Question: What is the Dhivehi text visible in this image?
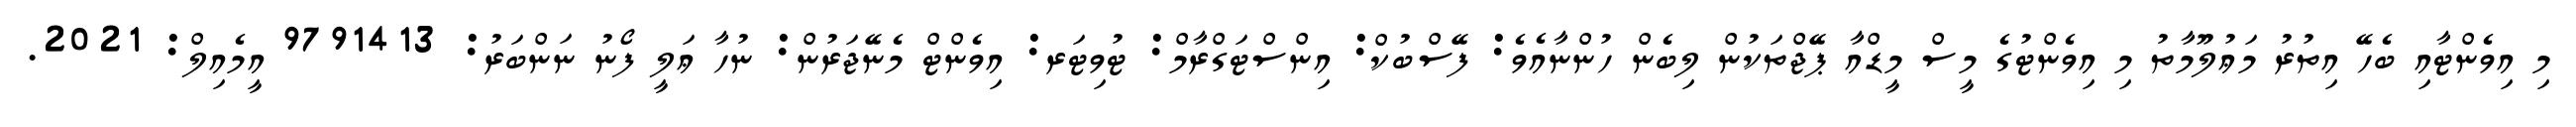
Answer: މި އިވެންޓާއި ބެހޭ އިތުރު މަޢުލޫމާތު މި އިވެންޓުގެ މީސް މީޑްއާ ޕޭޖްތަކުން ލިބެން ހުންނާއެވެ: ފޭސްބުކް: އިންސްޓަގްރާމް: ޓުވިޓަރ: އިވެންޓް މެނޭޖަރުން: ނުހާ ޢަލީ ފޯނު ނަންބަރު: 9791413 އީމެއިލް: 2021.